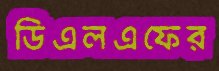
ডিএলএফের